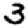
Digit: 3